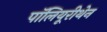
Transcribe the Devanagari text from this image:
पॉलियूरीथेन